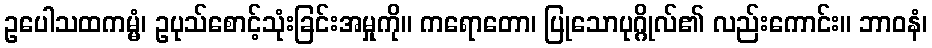
ဥပေါသထကမ္မံ၊ ဥပုသ်စောင့်သုံးခြင်းအမှုကို။ ကရောတော၊ ပြုသောပုဂ္ဂိုလ်၏ လည်းကောင်း။ ဘာဝနံ၊